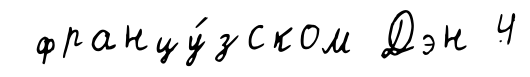
францу́зском Дэн 4